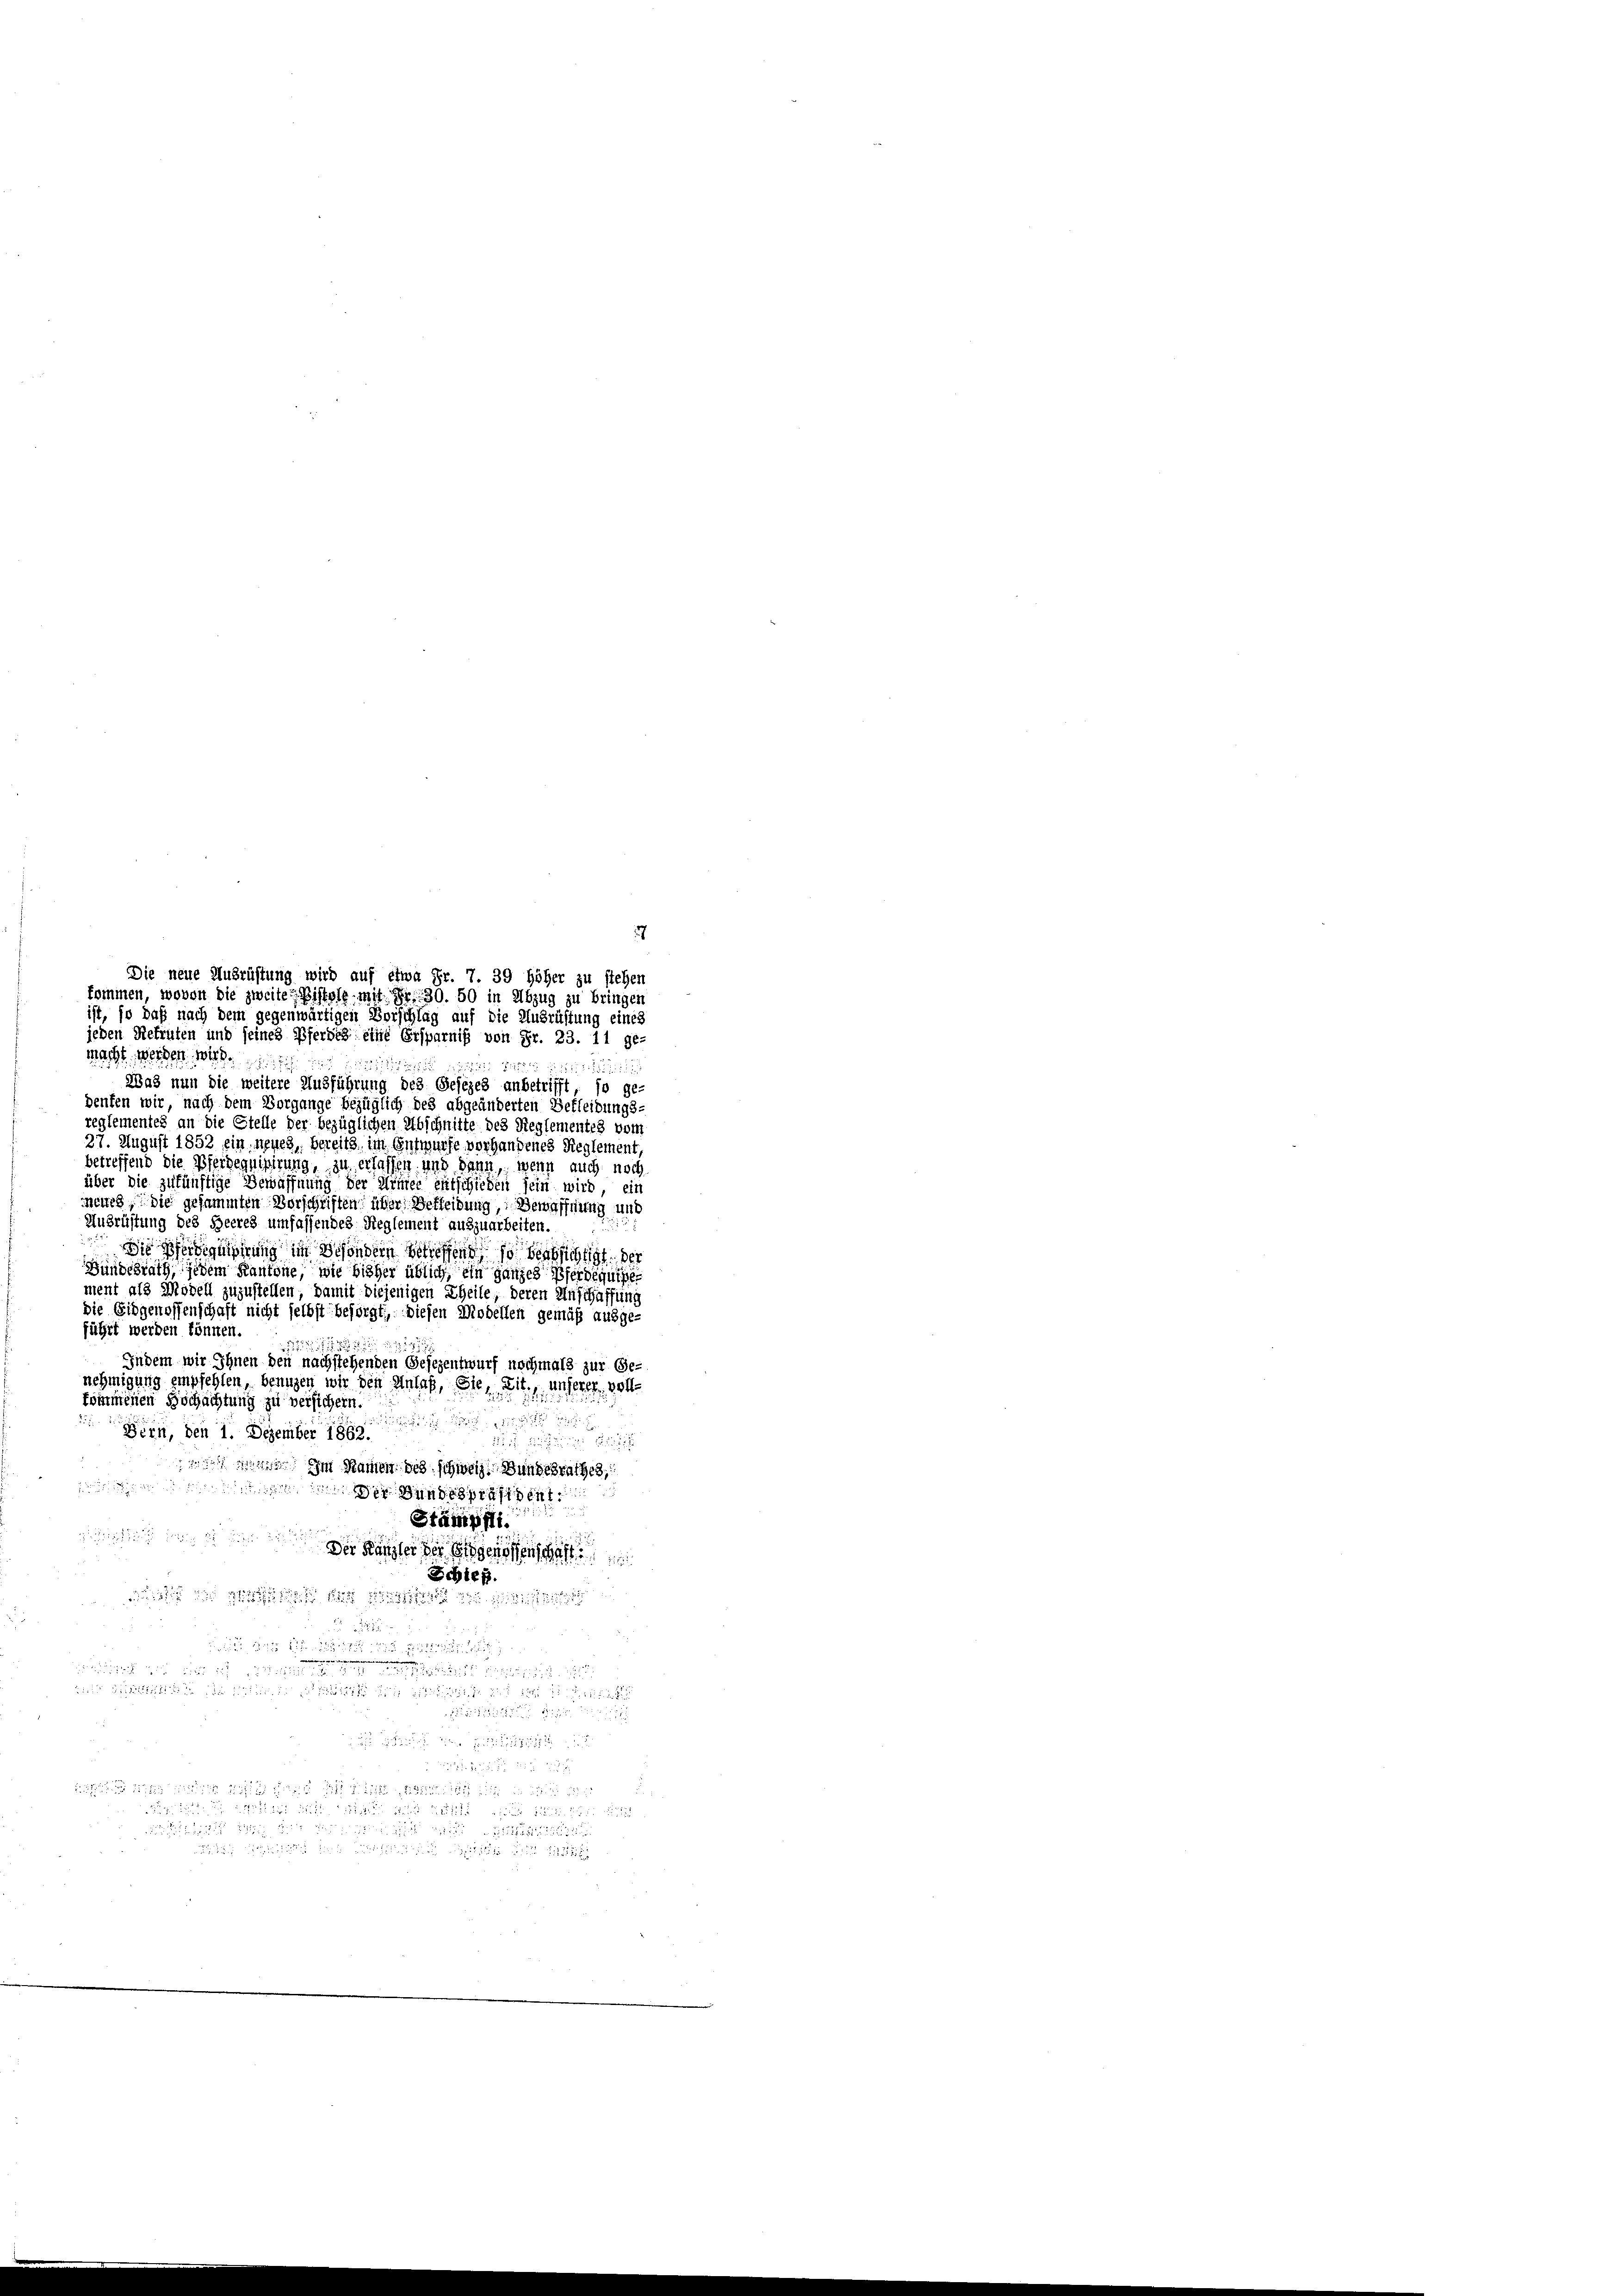
macht werden w
Was nun die weitere Ausführung des Gesezes anbetrifft, so ge-
deufen wir, nach dem Vorgange bezüglich des abgeänderten Bekleidungs-
reglementes an die Stelle der bezüglichen Abschnitte des Reglementes vom
27. August 1852 ein neues, bereits im Entwurfe vorhandenes Reglement,
betreffend die Pferdequisirung, zu erlassen, und dann, wenn auch noch
über die zukünftige Bewaffnung der Armee entschieden sein wird, ein
neuch, die gesammten Vorschriften über Bekleidung, Bewaffnung und
Ausrüstung des Heeres umfassendes Reglement auszuarbeiten.
Die Pferdigungerung in Besondern betreffend so beabsichtigt, der
Bundesrath, jedem Kantone, wie bisher üblich, ein ganzes Pferdequiper
ment als Modell zuzustellen, damit diejenigen Theile, deren Anschaffung
die Eidgenossenschaft nicht selbst besorgt, diesen Modellen gemäß ausge-
führt werden können.

Indem wir Ihnen den nachstehenden Gesezentwurf nochmals zur Ge-
nehmigung empfehlen, beaugen wir den Anlaß, sie, Tit. Unserer vollkommenen Hochachtung zu versichern.
Bern, den 1. Dezember 1862.

 Im Namen des schweiz. Bundesrathes,
i
un
Stämpfli
ehung gegen
Schieß
 d
1

2
 h i n g
 ich die in die
sie der der die

Die neue Ausrüstung wird auf etwa Fr. 7. 39 höher zu stehen
kommen, wovon die zweiten Bistole mit Fr. 30. 50 in Abzug zu bringen
ist, so daß nach dem gegenwärtigen Borschlag auf die Ausrüstung eines
jeden Refrufen und seines Pferde eine Ersparniß von Fr. 23. 11 ge-

27

2